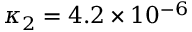
\kappa _ { 2 } = 4 . 2 \times 1 0 ^ { - 6 }